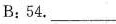
B：54.___